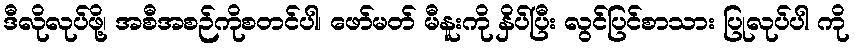
ဒီလိုလုပ်ဖို့၊ အစီအစဉ်ကိုစတင်ပါ၊ ဖော်မတ် မီနူးကို နှိပ်ပြီး လွင်ပြင်စာသား ပြုလုပ်ပါ ကို